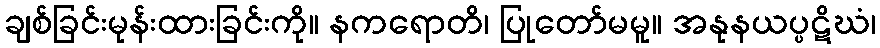
ချစ်ခြင်းမုန်းထားခြင်းကို။ နကရောတိ၊ ပြုတော်မမူ။ အနုနယပ္ပဋိဃံ၊